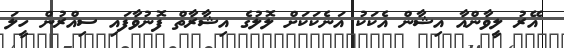
އޭރު ލީވާންއާ އިޝާން އެކަކު އަނެކަކަށް ލޮލުގެ އިޝާރާތް ފޮނުވާފައި ސިއްރުން ހީލަ